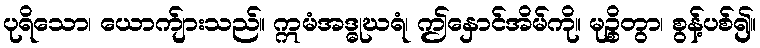
ပုရိသော၊ ယောက်ျားသည်။ ဣမံအဒ္ဓုဃရံ၊ ဤနှောင်အိမ်ကို။ မုဉ္စိတွာ၊ စွန့်ပစ်၍။